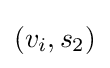
(v_{i},s_{2})